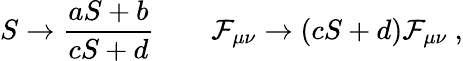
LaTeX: S\to{\frac{aS+b}{cS+d}}\qquad{\cal F}_{\mu\nu}\to(cS+d){\cal F}_{\mu\nu}\ ,